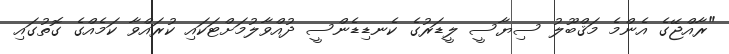
"ރާއްޖޭގެ އެންމެ މަޤްބޫލު ސިޔާސީ ލީޑަރުގެ ކެނޑިޑެންސީ ދުއްވާލުމަށްޓަކައި ކުރައްވާ ކަމެއްގެ ގޮތުގައި